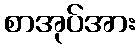
စာအုပ်အား